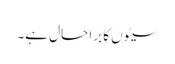
سیٹوں کا برا حال ہے۔